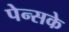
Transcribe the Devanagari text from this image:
पेन्सके